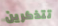
تتذكرين